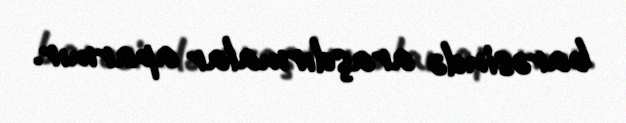
barəsində araşdırmalar aparmır.